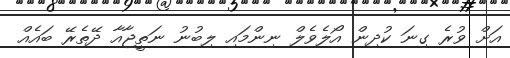
އަށް ވުރެ ގިނަ ކުދިން އޯލެވެލް ނިންމައި ލިބުނު ނަތީޖާއާ ދޭތެރޭ ބައެއް